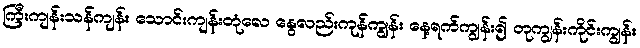
ကြီးကျန်းသန်ကျန်း သောင်းကျန်းတုံလေ နွေလည်းကုန်ကျွန်း နေ့ရက်ကျွန်း၍ တုကျွန်းကိုင်းကျွန်း